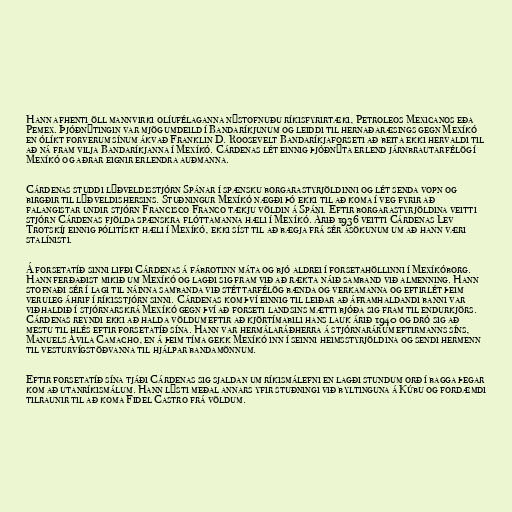
Hann afhenti öll mannvirki olíufélaganna nýstofnuðu ríkisfyrirtæki, Petroleos Mexicanos eða
Pemex. Þjóðnýtingin var mjög umdeild í Bandaríkjunum og leiddi til hernaðaræsings gegn Mexíkó
en ólíkt forverum sínum ákvað Franklin D. Roosevelt Bandaríkjaforseti að beita ekki hervaldi til
að ná fram vilja Bandaríkjanna í Mexíkó. Cárdenas lét einnig þjóðnýta erlend járnbrautarfélög í
Mexíkó og aðrar eignir erlendra auðmanna.

Cárdenas studdi lýðveldisstjórn Spánar í spænsku borgarastyrjöldinni og lét senda vopn og
birgðir til lýðveldishersins. Stuðningur Mexíkó nægði þó ekki til að koma í veg fyrir að
falangistar undir stjórn Francisco Franco tækju völdin á Spáni. Eftir borgarastyrjöldina veitti
stjórn Cárdenas fjölda spænskra flóttamanna hæli í Mexíkó. Árið 1936 veitti Cárdenas Lev
Trotskíj einnig pólitískt hæli í Mexíkó, ekki síst til að bægja frá sér ásökunum um að hann væri
stalínisti.

Á forsetatíð sinni lifði Cárdenas á fábrotinn máta og bjó aldrei í forsetahöllinni í Mexíkóborg.
Hann ferðaðist mikið um Mexíkó og lagði sig fram við að rækta náið samband við almenning. Hann
stofnaði sér í lagi til náinna sambanda við stéttarfélög bænda og verkamanna og eftirlét þeim
veruleg áhrif í ríkisstjórn sinni. Cárdenas kom því einnig til leiðar að áframhaldandi banni var
viðhaldið í stjórnarskrá Mexíkó gegn því að forseti landsins mætti bjóða sig fram til endurkjörs.
Cárdenas reyndi ekki að halda völdum eftir að kjörtímabili hans lauk árið 1940 og dró sig að
mestu til hlés eftir forsetatíð sína. Hann var hermálaráðherra á stjórnarárum eftirmanns síns,
Manuels Ávila Camacho, en á þeim tíma gekk Mexíkó inn í seinni heimsstyrjöldina og sendi hermenn
til vesturvígstöðvanna til hjálpar bandamönnum.

Eftir forsetatíð sína tjáði Cárdenas sig sjaldan um ríkismálefni en lagði stundum orð í bagga þegar
kom að utanríkismálum. Hann lýsti meðal annars yfir stuðningi við byltinguna á Kúbu og fordæmdi
tilraunir til að koma Fidel Castro frá völdum.